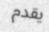
يقدم